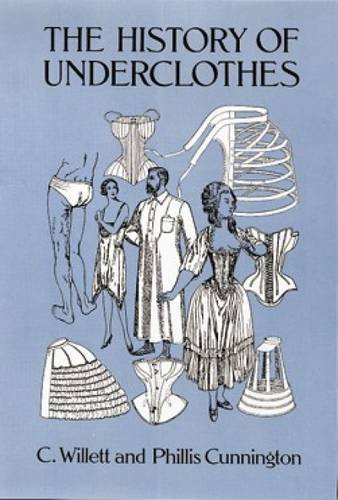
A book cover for The History of Underclothes (Dover Fashion and Costumes); C. Willett Cunnington; Crafts, Hobbies & Home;